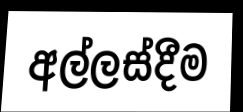
අල්ලස්දීම